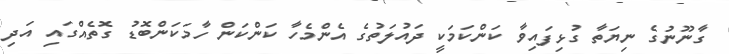
ގާނޫނުގެ ނިޔަތާ ގުޅިފައިވާ ކަންކަމަކީ ދައުލަތުގެ އެންމެހާ ކަންކަން ހާމަކަންބޮޑު ގޮތެއްގައި އަދި